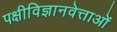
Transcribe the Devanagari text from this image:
पक्षीविज्ञानवेत्ताओं